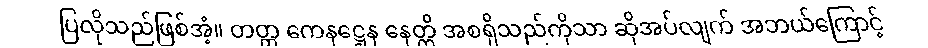
ပြလိုသည်ဖြစ်အံ့။ တတ္ထ ကေနဋ္ဌေန နေတ္တိ အစရှိသည်ကိုသာ ဆိုအပ်လျက် အဘယ်ကြောင့်